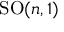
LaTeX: \mathrm { S O } ( n , 1 )